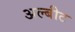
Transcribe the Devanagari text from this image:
अल्बीट